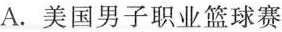
A.美国男子职业篮球赛